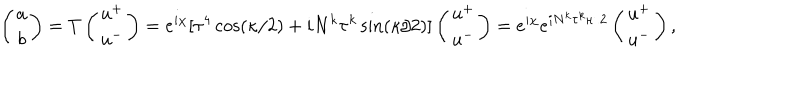
\left( \begin{matrix} { { a } } \\ { { b } } \\ \end{matrix} \right) = T \left( \begin{matrix} { { u ^ { + } } } \\ { { u ^ { - } } } \\ \end{matrix} \right) = e ^ { i \chi } [ \tau ^ { 4 } \cos ( \kappa / 2 ) + i N ^ { k } \tau ^ { k } \sin ( \kappa / 2 ) ] \left( \begin{matrix} { { u ^ { + } } } \\ { { u ^ { - } } } \\ \end{matrix} \right) = e ^ { i \chi } e ^ { i N ^ { k } \tau ^ { k } \kappa / 2 } \left( \begin{matrix} { { u ^ { + } } } \\ { { u ^ { - } } } \\ \end{matrix} \right) ,